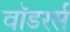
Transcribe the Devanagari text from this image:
वॉडरर्स